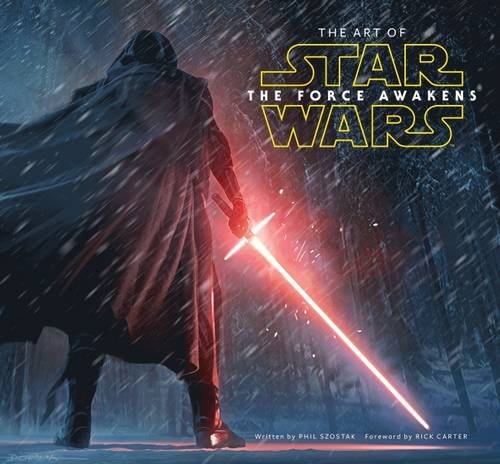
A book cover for The Art of Star Wars: The Force Awakens; Phil Szostak; Humor & Entertainment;